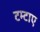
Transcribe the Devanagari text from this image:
टम्टाए